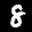
Label: 8